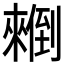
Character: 𰃄